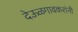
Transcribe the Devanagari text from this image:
देऊळगावकरांनी